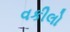
વકીલો